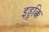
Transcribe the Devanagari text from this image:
इड्डुक्कि